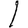
Digit: 1